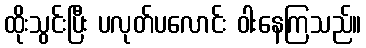
ထိုးသွင်းပြီး ပလုတ်ပလောင်း ဝါးနေကြသည်။